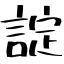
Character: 諚